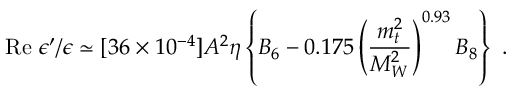
\mathrm { R e } ~ \epsilon ^ { \prime } / \epsilon \simeq [ 3 6 \times 1 0 ^ { - 4 } ] A ^ { 2 } \eta \left\{ B _ { 6 } - 0 . 1 7 5 \left( \frac { m _ { t } ^ { 2 } } { M _ { W } ^ { 2 } } \right) ^ { 0 . 9 3 } B _ { 8 } \right\} ~ .